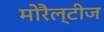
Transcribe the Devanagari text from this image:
मोरैल्टीज